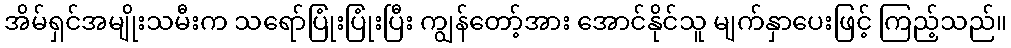
အိမ်ရှင်အမျိုးသမီးက သရော်ပြုံးပြုံးပြီး ကျွန်တော့်အား အောင်နိုင်သူ မျက်နှာပေးဖြင့် ကြည့်သည်။